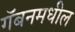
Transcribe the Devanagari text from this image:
गॅबनमधील